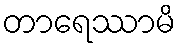
တာရေဿာမိ